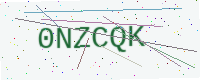
Text: 0NZCQK